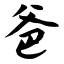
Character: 爸